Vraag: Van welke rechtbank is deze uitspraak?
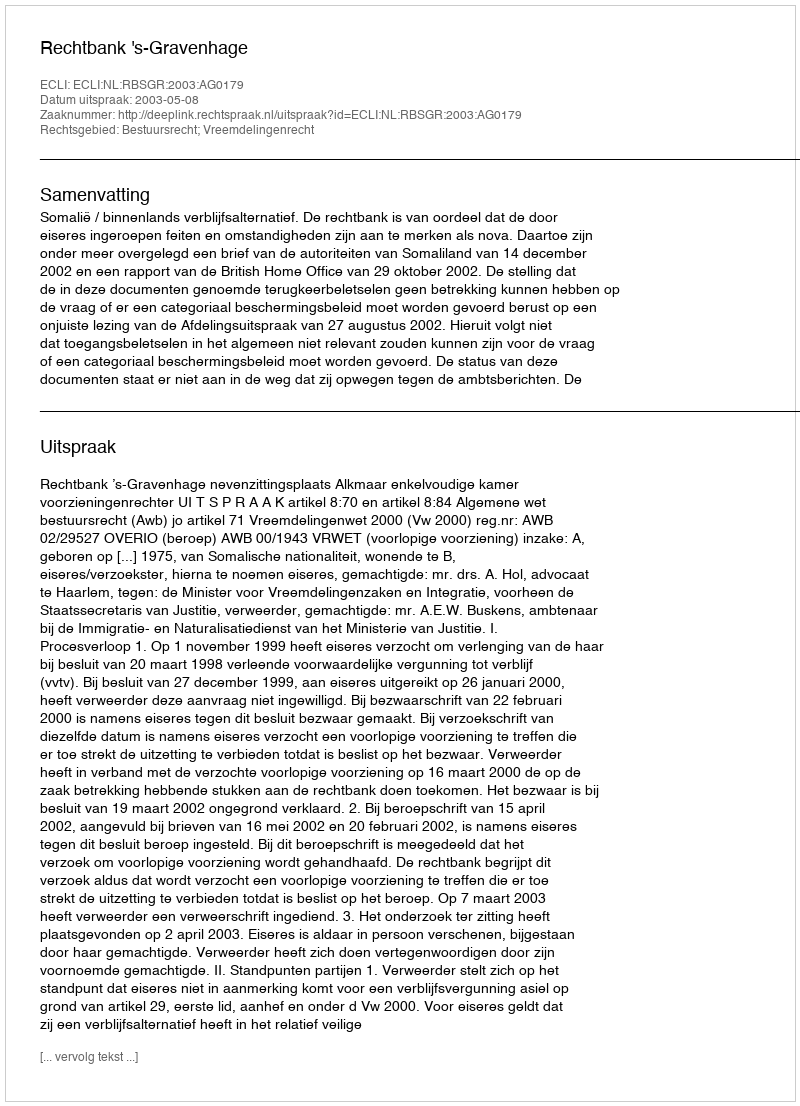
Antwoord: Rechtbank 's-Gravenhage